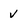
Character: v